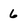
Character: 6